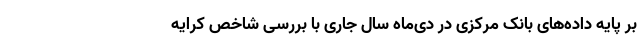
بر پایه داده‌های بانک مرکزی در دی‌ماه سال جاری با بررسی شاخص کرایه